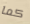
كما